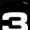
Digit: 3